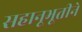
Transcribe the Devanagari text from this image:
सहानूभूतीने